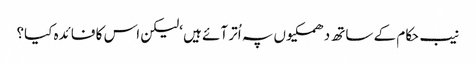
نیب حکام کے ساتھ دھمکیوں پہ اُتر آئے ہیں ‘لیکن اس کا فائدہ کیا؟